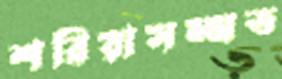
শরিয়াসম্মত